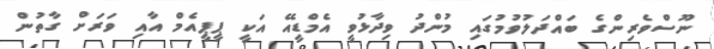
ނޫސްވެރިންގެ ބައްދަލުވުމުގައި މުންދު ވިދާޅުވީ އެމްޑީއޭ އަކީ ޕީޕީއެމް އާއި ވަރަށް ގާތުން